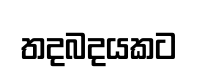
තදබදයකට